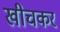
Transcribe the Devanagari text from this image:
खीचकर